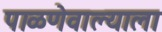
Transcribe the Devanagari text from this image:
पाळणेवाल्याला